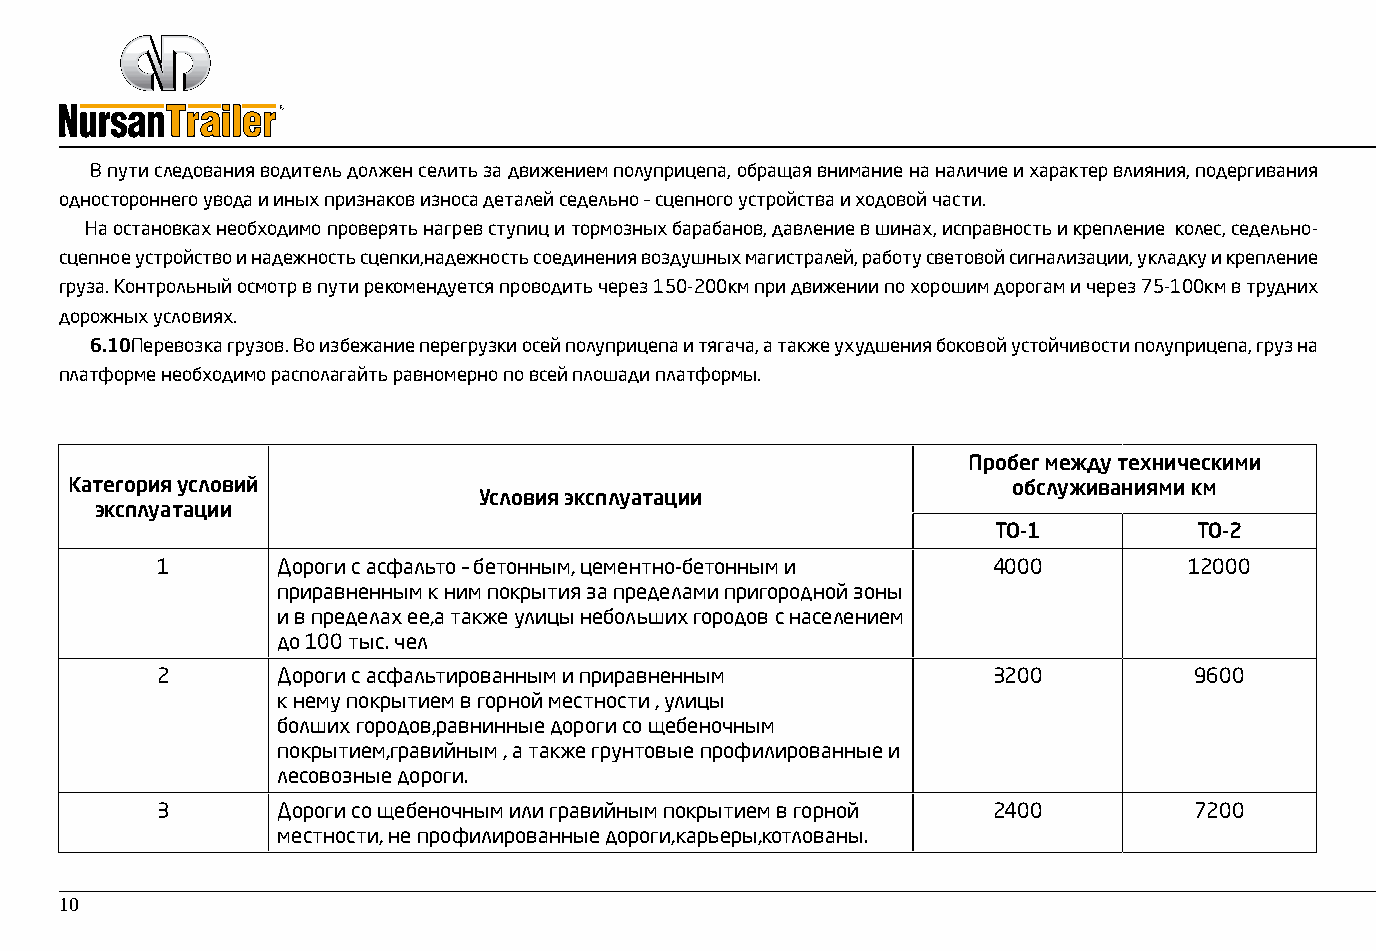
В пути следования водитель должен селить за движением полуприцепа, обращая внимание на наличие и характер влияния, подергивания
 одностороннего увода и иных признаков износа деталей седельно – сцепного устройства и ходовой части.
 На остановках необходимо проверять нагрев ступиц и тормозных барабанов, давление в шинах, исправность и крепление колес, седельно-
 сцепное устройство и надежность сцепки,надежность соединения воздушных магистралей, работу световой сигнализации, укладку и крепление
 груза. Контрольный осмотр в пути рекомендуется проводить через 150-200км при движении по хорошим дорогам и через 75-100км в трудних
 дорожных условиях.
 6.10Перевозка грузов. Во избежание перегрузки осей полуприцепа и тягача, а также ухудшения боковой устойчивости полуприцепа, груз на
 платформе необходимо располагайть равномерно по всей плошади платформы.
 Пробег между техническими
 Категория условий                                              обслуживаниями км
 Условия эксплуатации
 эксплуатации
 ТО-1         ТО-2
 1       Дороги с асфальто – бетонным, цементно-бетонным и 4000       12000
 приравненным к ним покрытия за пределами пригородной зоны
 и в пределах ее,а также улицы небольших городов с населением
 до 100 тыс. чел
 2       Дороги с асфальтированным и приравненным        3200         9600
 к нему покрытием в горной местности , улицы
 болших городов,равнинные дороги со щебеночным
 покрытием,гравийным , а также грунтовые профилированные и
 лесовозные дороги.
 3       Дороги со щебеночным или гравийным покрытием в горной 2400   7200
 местности, не профилированные дороги,карьеры,котлованы.
 10